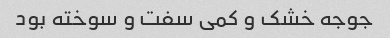
جوجه خشک و کمی سفت و سوخته بود